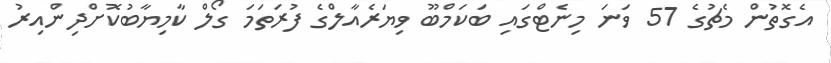
އެގޮތުން މެޗުގެ 57 ވަނަ މިނެޓްގައި ބަކަމްބޫ ވިޔަރެއާލްގެ ފުރަތަމަ ގޯލް ކާމިޔާބުކޮށްދިންއިރު